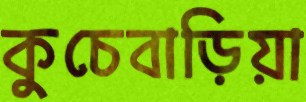
কুচেবাড়িয়া